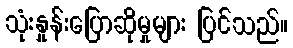
သုံးနှုန်းပြောဆိုမှုများ ပြင်သည်။